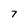
Character: 7